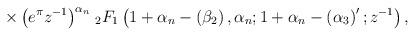
LaTeX: \begin{align*}\times \left( e^\pi z^{-1}\right)^{\alpha _n}\;\!_2F_1\left(1+\alpha_n-\left( \beta _2\right) ,\alpha _n;1+\alpha _n-\left( \alpha_3\right)^{\prime };z^{-1}\right) ,\end{align*}